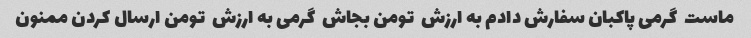
ماست  گرمی پاکبان سفارش دادم به ارزش  تومن بجاش  گرمی به ارزش  تومن ارسال کردن ممنون